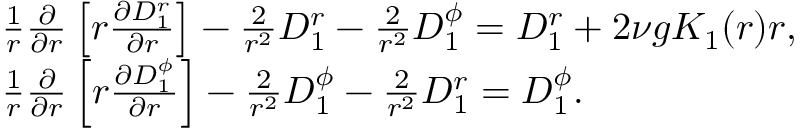
\begin{array} { r l } & { \frac { 1 } { r } \frac { \partial } { \partial r } \left[ r \frac { \partial D _ { 1 } ^ { r } } { \partial r } \right] - \frac { 2 } { r ^ { 2 } } D _ { 1 } ^ { r } - \frac { 2 } { r ^ { 2 } } D _ { 1 } ^ { \phi } = D _ { 1 } ^ { r } + 2 \nu g K _ { 1 } ( r ) r , } \\ & { \frac { 1 } { r } \frac { \partial } { \partial r } \left[ r \frac { \partial D _ { 1 } ^ { \phi } } { \partial r } \right] - \frac { 2 } { r ^ { 2 } } D _ { 1 } ^ { \phi } - \frac { 2 } { r ^ { 2 } } D _ { 1 } ^ { r } = D _ { 1 } ^ { \phi } . } \end{array}